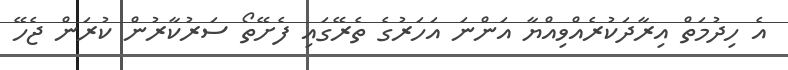
އެ ހިދުމަތް އިރާދަކުރެއްވިއްޔާ އަންނަ އަހަރުގެ ތެރޭގައި ފެށޭތޯ ސަރުކާރުން ކުރަން ޖެހޭ